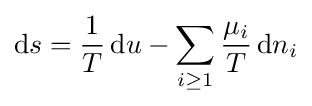
\mathrm {d} s={\frac {1}{T}}\,\mathrm {d} u-\sum _{i\geq 1}{\frac {\mu _{i}}{T}}\,{\rm {d}}n_{i}